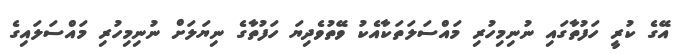
އޭގެ ކުރީ ހަފުތާގައި ނުނިމިހުރި މައްސަލަތަކާއެކު ވޭތުވެދިޔަ ހަފުތާގެ ނިޔަލަށް ނުނިމިހުރި މައްސަލައިގެ